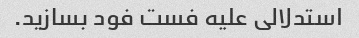
استدلالی علیه فست فود بسازید.